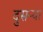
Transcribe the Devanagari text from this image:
दुसऱ्या